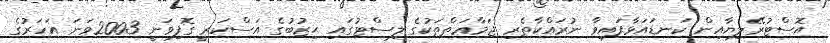
އޮސްޓުރޭލިޔާއިން ކަނޑައަޅާފައިވާ ނުރައްކާތެރި ޖަމާޢަތްތަކުގެ ލިސްޓުގައި ޙިޒުބުގެ އަސްކަރީ ގޮފިވަނީ 2003ވަނަ އަހަރުގެ